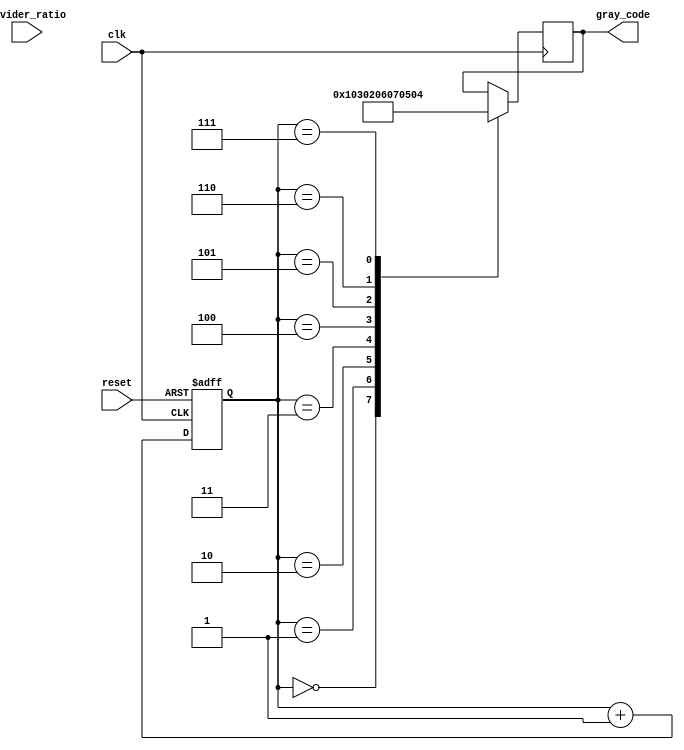
module gray_counter_clock_divider (
    input wire clk,
    input wire reset,
    input wire [7:0] divider_ratio,
    output reg [7:0] gray_code
);

reg [7:0] counter;

always @(posedge clk or posedge reset) begin
    if (reset)
        counter <= 8'b0;
    else
        counter <= counter + 1;
end

always @(posedge clk) begin
    case(counter)
        8'b00000000: gray_code <= 8'b00000000;
        8'b00000001: gray_code <= 8'b00000001;
        8'b00000010: gray_code <= 8'b00000011;
        8'b00000011: gray_code <= 8'b00000010;
        8'b00000100: gray_code <= 8'b00000110;
        8'b00000101: gray_code <= 8'b00000111;
        8'b00000110: gray_code <= 8'b00000101;
        8'b00000111: gray_code <= 8'b00000100;
        // Add more cases if needed for larger counter values
    endcase
end

endmodule